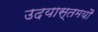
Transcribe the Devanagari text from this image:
उदयास्तमयौ